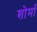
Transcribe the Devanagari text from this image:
शोर्मा